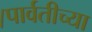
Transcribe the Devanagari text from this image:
।पार्वतीच्या